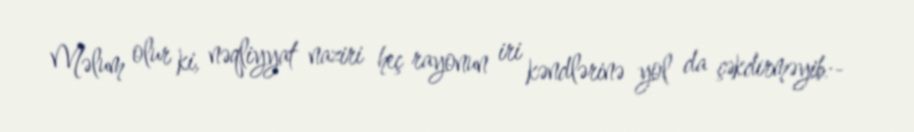
Məlum olur ki, nəqliyyat naziri heç rayonun iri kəndlərinə yol da çəkdirməyib:-